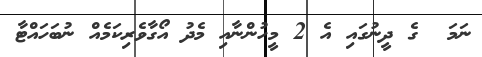
ނަމަ  ގެ ދީނުގައި އެ 2 މީހުންނާއި މެދު އޯގާވެރިކަމެއް ނުބަހައްޓާ